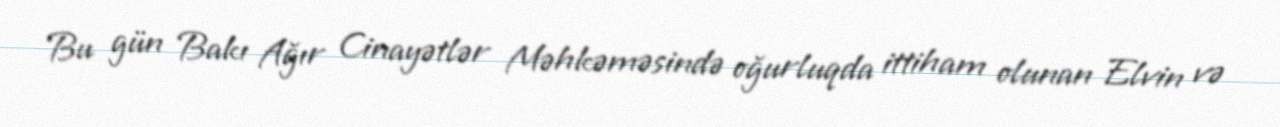
Bu gün Bakı Ağır Cinayətlər Məhkəməsində oğurluqda ittiham olunan Elvin və